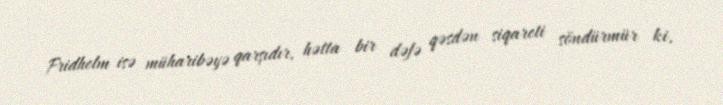
Fridhelm isə müharibəyə qarşıdır, hətta bir dəfə qəsdən siqareti söndürmür ki,